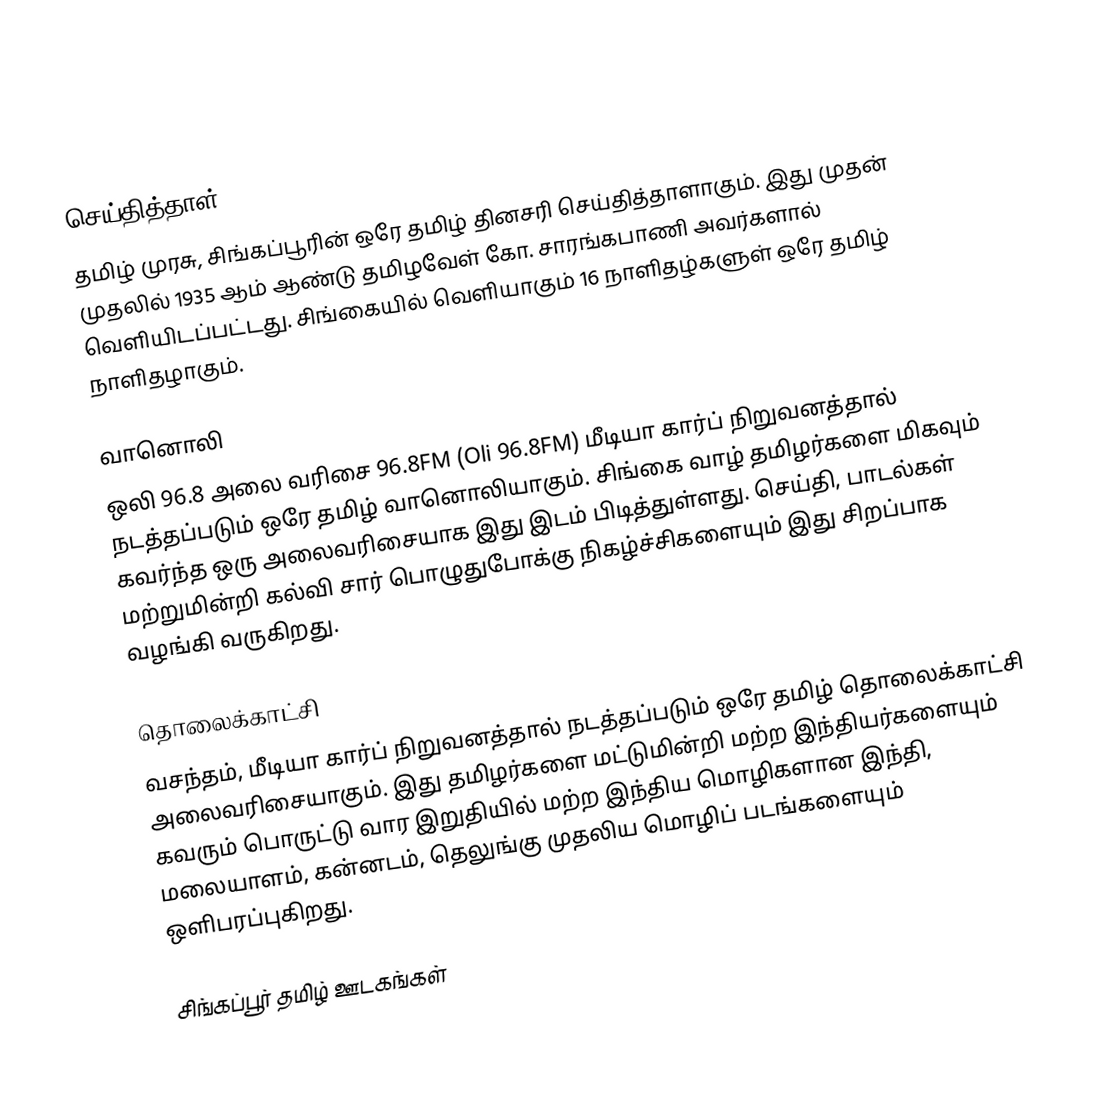

செய்தித்தாள்
தமிழ் முரசு, சிங்கப்பூரின் ஒரே தமிழ் தினசரி செய்தித்தாளாகும். இது முதன் முதலில் 1935 ஆம் ஆண்டு தமிழவேள் கோ. சாரங்கபாணி அவர்களால் வெளியிடப்பட்டது. சிங்கையில் வெளியாகும் 16 நாளிதழ்களுள் ஒரே தமிழ் நாளிதழாகும்.

வானொலி
ஒலி 96.8 அலை வரிசை 96.8FM (Oli 96.8FM) மீடியா கார்ப் நிறுவனத்தால் நடத்தப்படும் ஒரே தமிழ் வானொலியாகும். சிங்கை வாழ் தமிழர்களை மிகவும் கவர்ந்த ஒரு அலைவரிசையாக இது இடம் பிடித்துள்ளது. செய்தி, பாடல்கள் மற்றுமின்றி கல்வி சார் பொழுதுபோக்கு நிகழ்ச்சிகளையும் இது சிறப்பாக வழங்கி வருகிறது.

தொலைக்காட்சி
வசந்தம், மீடியா கார்ப் நிறுவனத்தால் நடத்தப்படும் ஒரே தமிழ் தொலைக்காட்சி அலைவரிசையாகும். இது தமிழர்களை மட்டுமின்றி மற்ற இந்தியர்களையும் கவரும் பொருட்டு வார இறுதியில் மற்ற இந்திய மொழிகளான இந்தி, மலையாளம், கன்னடம், தெலுங்கு முதலிய மொழிப் படங்களையும் ஒளிபரப்புகிறது.

சிங்கப்பூர் தமிழ் ஊடகங்கள்